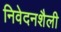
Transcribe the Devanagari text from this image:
निवेदनशैली